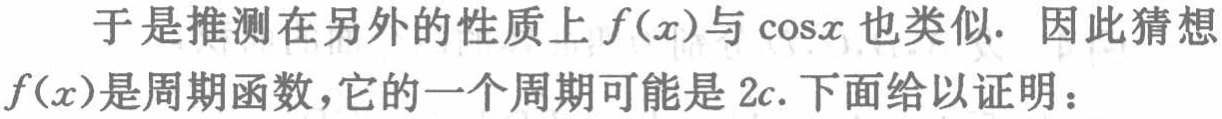
于是推测在另外的性质上\(f(x)\)与\(\cos x\)也类似. 因此猜想\(f(x)\)是周期函数，它的一个周期可能是\(2c\). 下面给以证明：